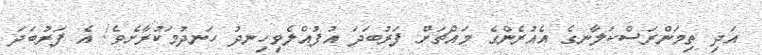
އަދި ތިމަންރަސްކަލާނގެ އެއުރެންގެ މައްޗަށް ފަރުބަދަ އުފުއްލެވިހިނދު ހަނދުމަކުރާށެވެ! އެ ފަރުބަދަ